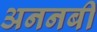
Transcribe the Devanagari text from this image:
अननबी